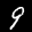
Label: 9